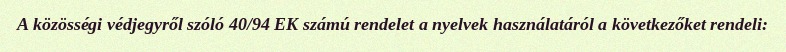
A közösségi védjegyről szóló 40/94 EK számú rendelet a nyelvek használatáról a következőket rendeli: